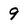
Character: 9